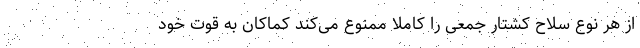
از هر نوع سلاح کشتار جمعی را کاملا ممنوع می‌کند کماکان به قوت خود